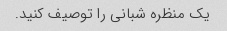
یک منظره شبانی را توصیف کنید.